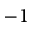
- 1